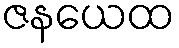
ဇနယေထ